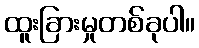
ထူးခြားမှုတစ်ခုပါ။